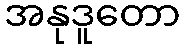
အနုဒူတော